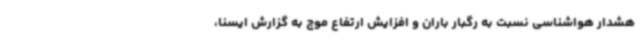
هشدار هواشناسی نسبت به رگبار باران و افزایش ارتفاع موج به گزارش ایسنا،